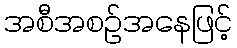
အစီအစဉ်အနေဖြင့်